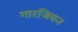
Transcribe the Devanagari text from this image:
गारजियन